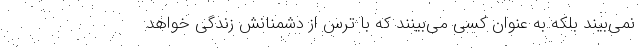
نمی‌بیند بلکه به عنوان کسی می‌بینند که با ترس از دشمنانش زندگی خواهد